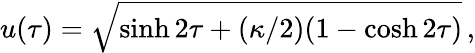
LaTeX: u(\tau)=\sqrt{\sinh{2\tau}+(\kappa/2)(1-\cosh{2\tau})}\, ,